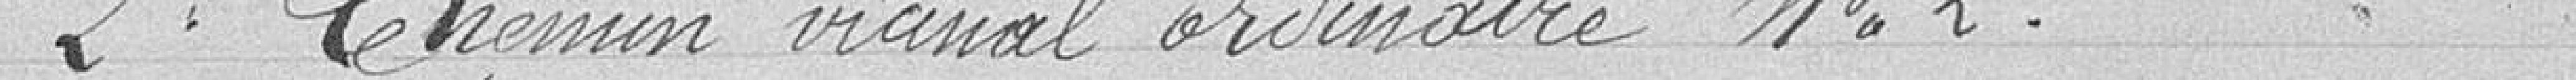
2°. Chemin vicinal n°2